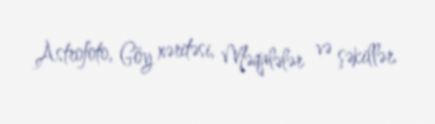
Astrofoto, Göy xəritəsi, Məqalələr və şəkillər.